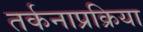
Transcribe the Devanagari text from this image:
तर्कनाप्रक्रिया